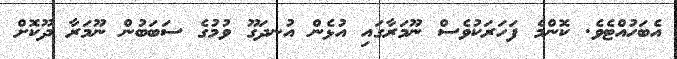
އެބަހުއްޓެވެ. ކޮންމެ ފަހަރަކުވެސް ނޫމަރާގައި އުޅެން އުނދަގޫ ވުމުގެ ސަބަބުން ނޫމަރާ ދޫކޮށް